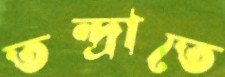
তন্দ্রাতে